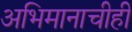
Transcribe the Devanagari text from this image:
अभिमानाचीही